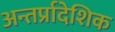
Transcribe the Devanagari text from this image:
अन्तर्प्रादेशिक